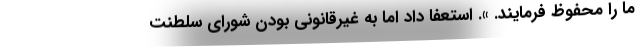
ما را محفوظ فرمایند. ». استعفا داد اما به غیرقانونی بودن شورای سلطنت